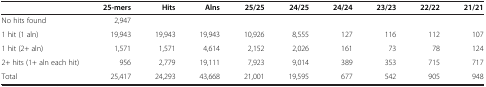
<table><thead><tr><td><b> </b></td><td><b>25-mers</b></td><td><b>Hits</b></td><td><b>Alns</b></td><td><b>25/25</b></td><td><b>24/25</b></td><td><b>24/24</b></td><td><b>23/23</b></td><td><b>22/22</b></td><td><b>21/21</b></td></tr></thead><tbody><tr><td>No hits found</td><td>2,947</td><td> </td><td> </td><td> </td><td> </td><td> </td><td> </td><td> </td><td> </td></tr><tr><td>1 hit (1 aln)</td><td>19,943</td><td>19,943</td><td>19,943</td><td>10,926</td><td>8,555</td><td>127</td><td>116</td><td>112</td><td>107</td></tr><tr><td>1 hit (2+ aln)</td><td>1,571</td><td>1,571</td><td>4,614</td><td>2,152</td><td>2,026</td><td>161</td><td>73</td><td>78</td><td>124</td></tr><tr><td>2+ hits (1+ aln each hit)</td><td>956</td><td>2,779</td><td>19,111</td><td>7,923</td><td>9,014</td><td>389</td><td>353</td><td>715</td><td>717</td></tr><tr><td>Total</td><td>25,417</td><td>24,293</td><td>43,668</td><td>21,001</td><td>19,595</td><td>677</td><td>542</td><td>905</td><td>948</td></tr></tbody></table>